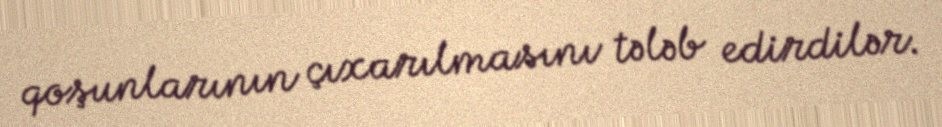
qoşunlarının çıxarılmasını tələb edirdilər.